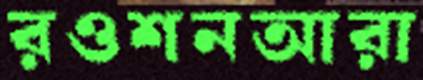
রওশনআরা